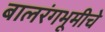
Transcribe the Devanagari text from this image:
बालरंगभूमीचे